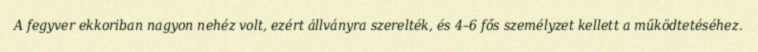
A fegyver ekkoriban nagyon nehéz volt, ezért állványra szerelték, és 4–6 fős személyzet kellett a működtetéséhez.